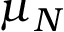
\mu _ { N }